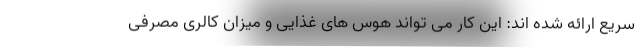
سریع ارائه شده اند: این کار می تواند هوس های غذایی و میزان کالری مصرفی